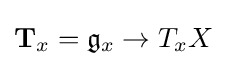
\mathbf {T} _{x}={\mathfrak {g}}_{x}\to T_{x}X